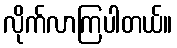
လိုက်လာကြပါတယ်။